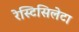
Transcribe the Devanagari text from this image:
रेस्टिसिलेटा